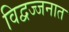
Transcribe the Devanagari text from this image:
विद्वज्जनात